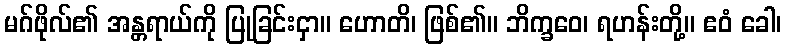
မဂ်ဖိုလ်၏ အန္တရာယ်ကို ပြုခြင်းငှာ။ ဟောတိ၊ ဖြစ်၏။ ဘိက္ခဝေ၊ ရဟန်းတို့။ ဧဝံ ခေါ၊